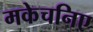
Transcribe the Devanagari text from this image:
मकेचनिए